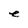
Character: e